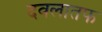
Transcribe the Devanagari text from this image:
दवलातफ